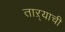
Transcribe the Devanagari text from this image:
ताऱ्‍याची